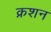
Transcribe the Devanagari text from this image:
क्रशन